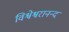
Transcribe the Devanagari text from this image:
विश्वेश्वरानन्द